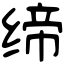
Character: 缔